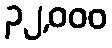
၃၂,၀၀၀